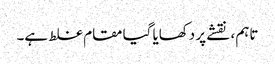
تاہم ، نقشے پر دکھایا گیا مقام غلط ہے۔